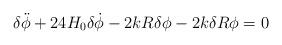
LaTeX: \begin{align*}{\delta}\ddot{\phi}+ 24H_{0}{\delta}\dot{\phi}-2kR{\delta}{\phi}-2k{\delta}R{\phi}=0\end{align*}